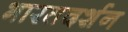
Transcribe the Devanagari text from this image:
भारतदर्शन